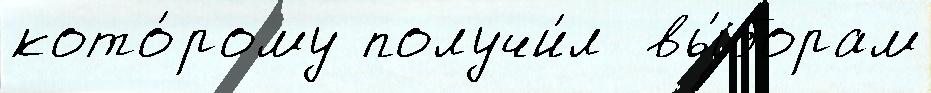
кото́рому получи́л  вы́борам